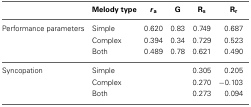
<table><thead><tr><td></td><td><b>Melody type</b></td><td><b><i>r</i><sub>a</sub></b></td><td><b>G</b></td><td><b>R<sub>s</sub></b></td><td><b>R<sub>r</sub></b></td></tr></thead><tbody><tr><td>Performance parameters</td><td>Simple</td><td>0.620</td><td>0.83</td><td>0.749</td><td>0.687</td></tr><tr><td></td><td>Complex</td><td>0.394</td><td>0.34</td><td>0.729</td><td>0.523</td></tr><tr><td></td><td>Both</td><td>0.489</td><td>0.78</td><td>0.621</td><td>0.490</td></tr><tr><td>Syncopation</td><td>Simple</td><td></td><td></td><td>0.305</td><td>0.205</td></tr><tr><td></td><td>Complex</td><td></td><td></td><td>0.270</td><td>−0.103</td></tr><tr><td></td><td>Both</td><td></td><td></td><td>0.273</td><td>0.094</td></tr></tbody></table>